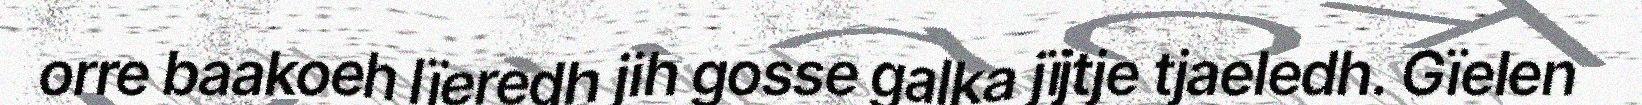
orre baakoeh lïeredh jih gosse galka jïjtje tjaeledh. Gïelen